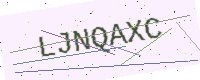
Text: LJNQAXC